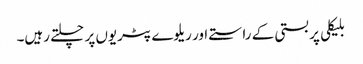
بلیکلی پر بستی کے راستے اور ریلوے پٹریوں پر چلتے رہیں۔